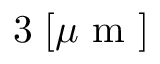
3 \; [ \mu \mathrm { ~ m ~ } ]